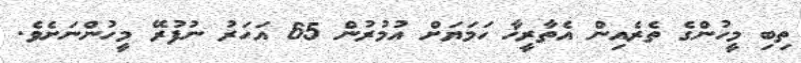
ތިބި މީހުންގެ ތެރެއިން އެތާރީޚާ ހަމަޔަށް އުމުރުން 65 އަހަރު ނުފުރޭ މީހުންނަށެވެ.